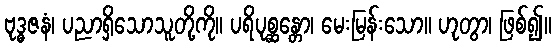
ဗုဒ္ဓဇနံ၊ ပညာရှိသောသူတို့ကို။ ပရိပုစ္ဆန္တော၊ မေးမြန်းသော။ ဟုတွာ၊ ဖြစ်၍။